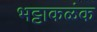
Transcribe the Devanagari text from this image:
भट्टाकळंक